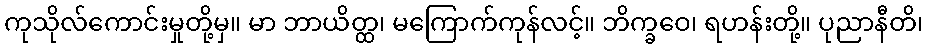
ကုသိုလ်ကောင်းမှုတို့မှ။ မာ ဘာယိတ္ထ၊ မကြောက်ကုန်လင့်။ ဘိက္ခဝေ၊ ရဟန်းတို့။ ပုညာနီတိ၊